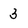
Character: 3